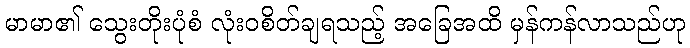
မာမာ၏ သွေးတိုးပုံစံ လုံးဝစိတ်ချရသည့် အခြေအထိ မှန်ကန်လာသည်ဟု